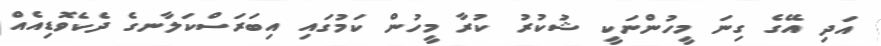
އަދި އޭގެ ގިނަ މީހުންނަކީ ޝުކުރު ކުރާ މީހުން ކަމުގައި އިބަރަސްކަލާނގެ ދެކެވޮޑިއެއް